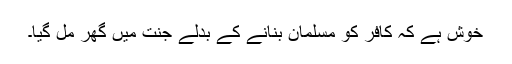
خوش ہے کہ کافر کو مسلمان بنانے کے بدلے جنت میں گھر مِل گیا۔